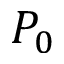
P _ { 0 }